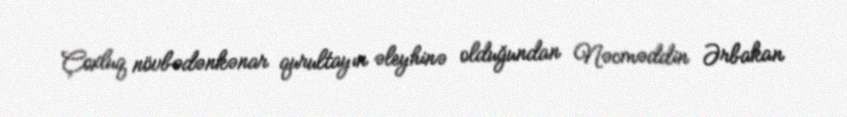
Çoxluq növbədənkənar qurultayın əleyhinə olduğundan Nəcməddin Ərbakan